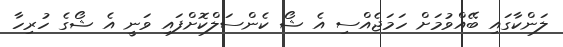
ލަންކާގައި ބޭއްވުމަށް ހަމަޖެއްސި އެ ޝޯ ކެންސަލްކޮށްފައި ވަނީ އެ ޝޯގެ ހުރިހާ